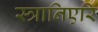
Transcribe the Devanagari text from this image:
स्त्रानिएरि